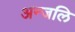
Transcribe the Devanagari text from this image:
अन्जलि